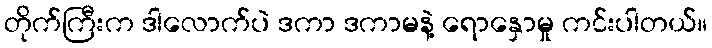
တိုက်ကြီးက ဒါလောက်ပဲ ဒကာ ဒကာမနဲ့ ရောနှောမှု ကင်းပါတယ်။